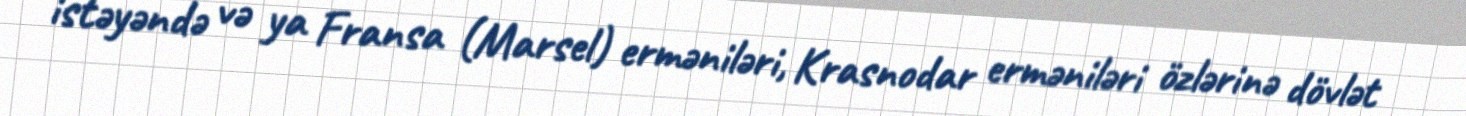
istəyəndə və ya Fransa (Marsel) erməniləri, Krasnodar erməniləri özlərinə dövlət